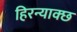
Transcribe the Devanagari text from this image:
हिरन्याक्छ